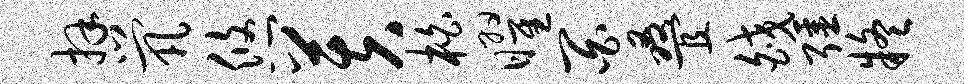
拜茕悠芙柏曜百叠皎强疑